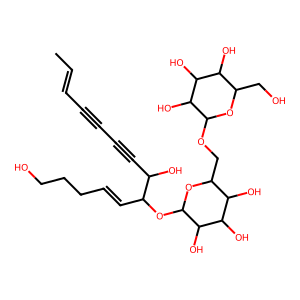
SMILES: CC=CC#CC#CC(O)C(C=CCCCO)OC1OC(COC2OC(CO)C(O)C(O)C2O)C(O)C(O)C1O
Inhibits HIV replication: No